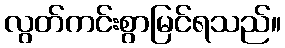
လွတ်ကင်းစွာမြင်ရသည်။